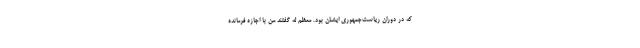
که در دوران ریاست‌جمهوری ایشان بود. معظم له گفتند من با اجازه فرمانده